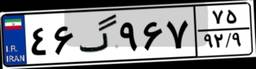
۶۱گ۹۶۶۴۸